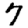
Digit: 7